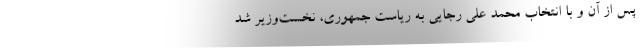
پس از آن و با انتخاب محمد علی رجایی به ریاست جمهوری، نخست‌وزیر شد